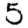
Digit: 5